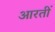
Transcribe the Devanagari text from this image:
आरतीं